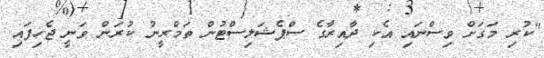
"ކުރި މަގަށް ވިސްނައި އެކި ދާއިރާގެ ސްޕެޝަލިސްޓުން ތަމްރީނު ކުރަން ވަނީ ޖެހިފައި.